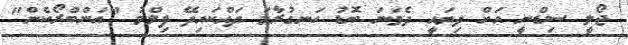
ޖޯލީ ސިޑްނީ އަށް ދިޔައީ ދެވަނަ ބޮޑު ހަނގުރާމަ ދައްކައިދޭ ފިލްމު "އަންބްރޯކެން"